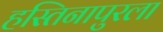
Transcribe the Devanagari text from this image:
हस्तिनापुरला